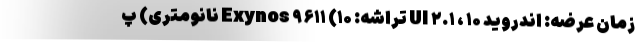
زمان عرضه: اندروید ۱۰ ، UI ۲.۱ تراشه: Exynos ۹۶۱۱ (۱۰ نانومتری) پ